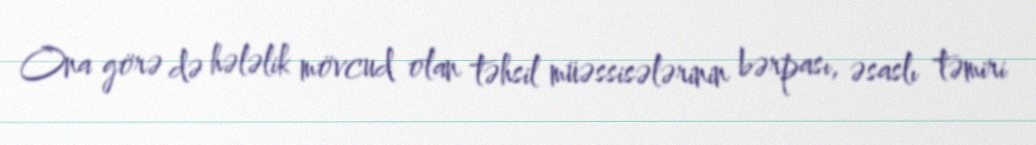
Ona görə də hələlik mövcud olan təhsil müəssisələrinin bərpası, əsaslı təmiri